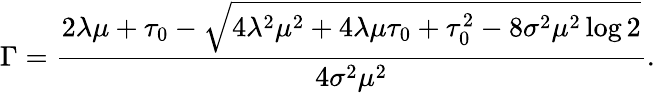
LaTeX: \Gamma={\frac{2\lambda\mu+\tau_{0}-\sqrt{4\lambda^{2}\mu^{2}+4\lambda\mu\tau_{0}+\tau_{0}^{2}-8\sigma^{2}\mu^{2}\log 2}}{4\sigma^{2}\mu^{2}}}.